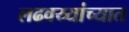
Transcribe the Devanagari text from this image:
लढवय्यांच्यात